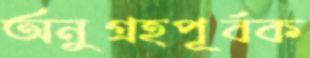
অনুগ্রহপূর্বক